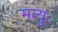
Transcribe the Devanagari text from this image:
मत्युः